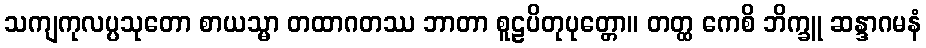
သကျကုလပ္ပသုတော စာယသ္မာ တထာဂတဿ ဘာတာ စူဠပိတုပုတ္တော။ တတ္ထ ကေစိ ဘိက္ခူ ဆန္ဒာဂမနံ